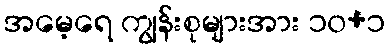
အမေ့ရေ ကျွန်းစုများအား ၁၀+၁